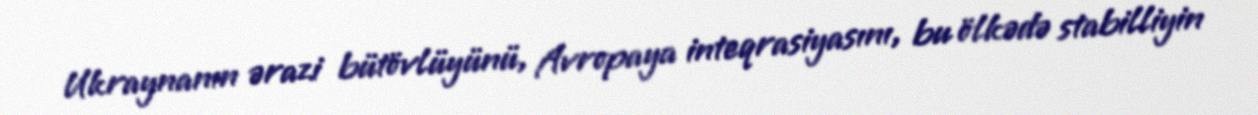
Ukraynanın ərazi bütövlüyünü, Avropaya inteqrasiyasını, bu ölkədə stabilliyin